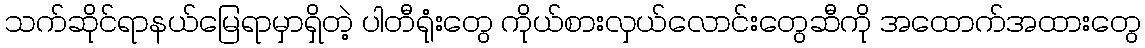
သက်ဆိုင်ရာနယ်မြေရာမှာရှိတဲ့ ပါတီရုံးတွေ ကိုယ်စားလှယ်လောင်းတွေဆီကို အထောက်အထားတွေ